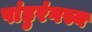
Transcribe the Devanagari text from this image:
पांडुरंगस्य